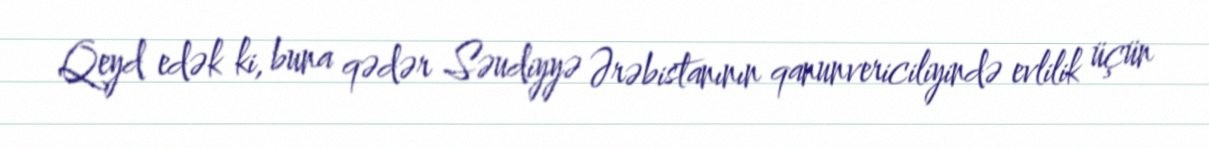
Qeyd edək ki, buna qədər Səudiyyə Ərəbistanının qanunvericiliyində evlilik üçün